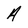
Character: a